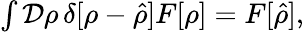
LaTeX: \begin{array}{r}{\int\mathcal{D}\rho\, \delta[\rho-\hat{\rho}]F[\rho]=F[\hat{\rho}],}\end{array}